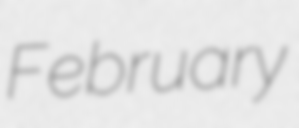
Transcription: February